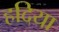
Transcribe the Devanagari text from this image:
हदिया